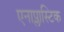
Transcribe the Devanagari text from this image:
एनाप्लास्टिक